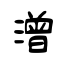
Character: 潧